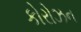
કોરોઝન